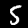
Label: 5